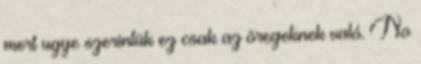
mert ugye szerintük ez csak az öregeknek való. No